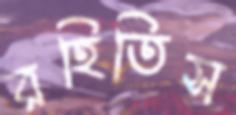
রহিতিস